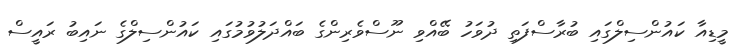
މީޑިއާ ކައުންސިލްގައި ބުރާސްފަތި ދުވަހު ބޭއްވި ނޫސްވެރިންގެ ބައްދަލުވުމުގައި ކައުންސިލްގެ ނައިބު ރައީސް